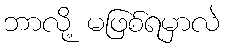
ဘာလို့ မဖြစ်ရမှာလဲ